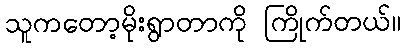
သူကတော့မိုးရွာတာကို ကြိုက်တယ်။